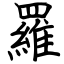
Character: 羅